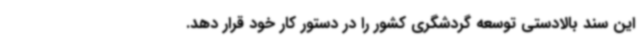
این سند بالادستی توسعه گردشگری کشور را در دستور کار خود قرار دهد.